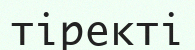
тіректі